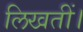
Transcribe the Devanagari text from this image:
लिखतीं।